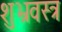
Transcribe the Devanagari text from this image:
शुभ्रवस्त्र